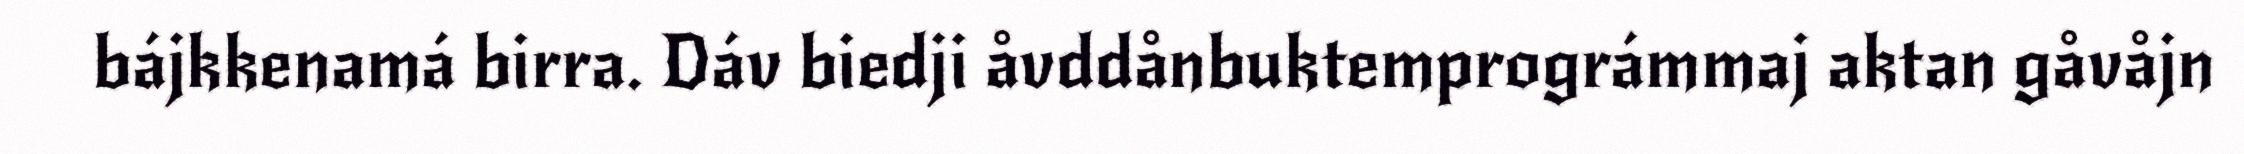
bájkkenamá birra. Dáv biedji åvddånbuktemprográmmaj aktan gåvåjn